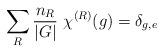
LaTeX: \begin{align*}\sum_R {n_R\over |G|} ~\chi^{(R)}(g)=\delta_{g,e}\end{align*}